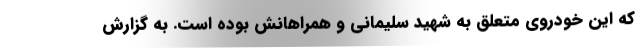
که این خودروی متعلق به شهید سلیمانی و همراهانش بوده است. به گزارش